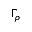
\Gamma _ { \rho }